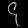
Digit: ၄